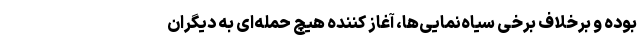
بوده و برخلاف برخی سیاه‌نمایی‌ها، آغاز کننده هیچ حمله‌ای به دیگران